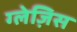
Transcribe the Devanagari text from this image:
ग्लेज़िस